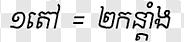
១តៅ = ២កន្ដាំង